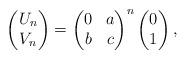
LaTeX: \begin{align*} \begin{pmatrix} U_n \\ V_n \\ \end{pmatrix} = \begin{pmatrix} 0 & a \\ b & c \\ \end{pmatrix}^n \begin{pmatrix} 0 \\ 1 \\ \end{pmatrix},\end{align*}